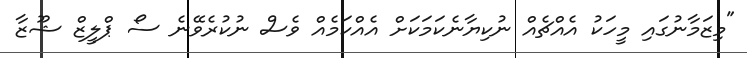
"މިޒަމާނުގައި މީހަކު އެއްޗެއް ނުކިޔާނެކަމަކަށް އެއްކަމެއް ވެސް ނުކުރެވޭނެ ސޯ ޕްލީޒް ޝޫޒާ